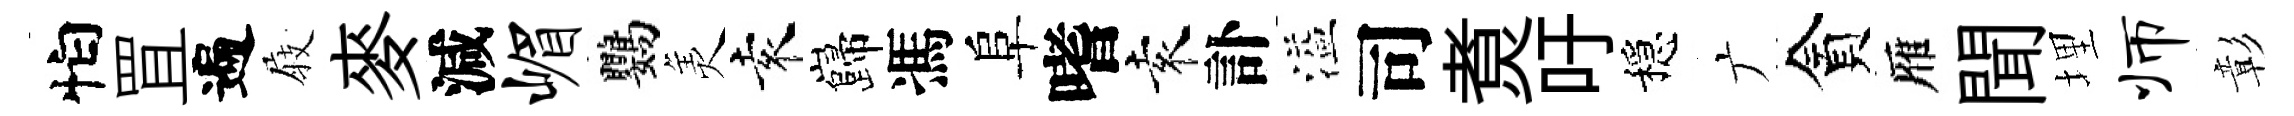
怕罝遍𡲆麥減嵋鸚羙袁巋馮阜嗜袁訃溢司煑吁穩广貪雁聞埋师彰